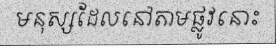
មនុស្សដែលនៅតាមផ្លូវនោះ